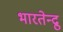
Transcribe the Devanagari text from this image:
भारतेन्द्रु